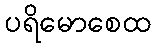
ပရိမောစေထ